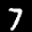
Label: 7